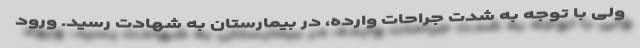
ولی با توجه به شدت جراحات وارده، در بیمارستان به شهادت رسید. ورود